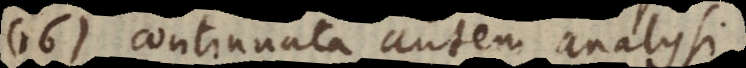
16) continuata autem analysi